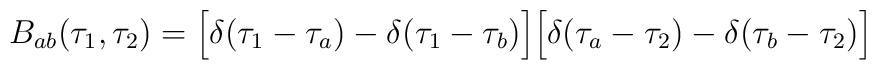
B_{ab}(\tau_1,\tau_2) = \Bigl[\delta(\tau_1 - \tau_a)-\delta(\tau_1-\tau_b)\Bigr]\Bigl[\delta(\tau_a - \tau_2)-\delta(\tau_b-\tau_2)\Bigr]\quad